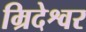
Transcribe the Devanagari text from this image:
म्रिदेश्वर